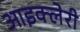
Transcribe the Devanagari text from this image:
आइक्लेरी